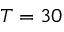
T = 3 0